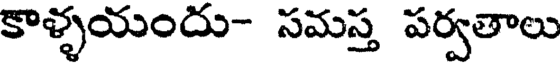
కాళ్ళయందు- సమస్త పర్వతాలు